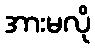
အားမလို